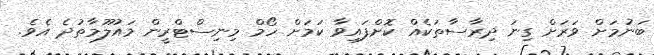
ބަނުމަށް ވަރަށް ގިނަ ދިރާސާތަކެއް ކޮށްފައިވާ ކަމަށް ހޯމް މިނިސްޓްރީން މައުލޫމާތުދެ އެވެ.